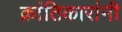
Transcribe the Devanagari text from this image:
क्रांतिकारांनी